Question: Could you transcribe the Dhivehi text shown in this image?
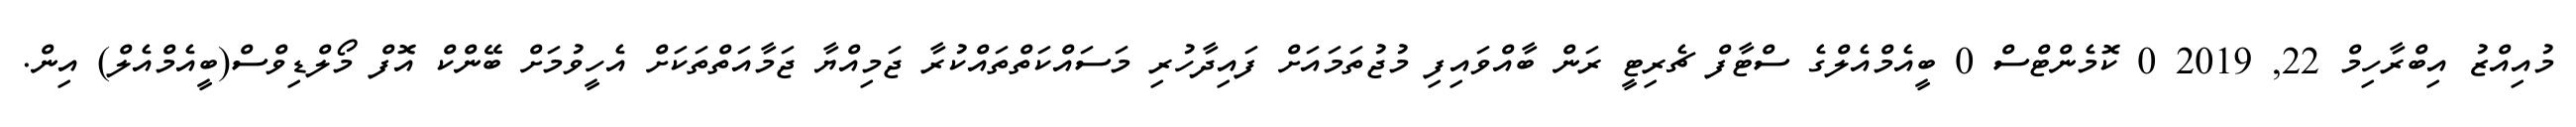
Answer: މުއިއްޒު އިބްރާހިމް 22, 2019 0 ކޮމެންޓްސް 0 ބީއެމްއެލްގެ ސްޓާފް ޗެރިޓީ ރަން ބާއްވައިފި މުޖުތަމައަށް ފައިދާހުރި މަސައްކަތްތައްކުރާ ޖަމިއްޔާ ޖަމާއަތްތަކަށް އެހީވުމަށް ބޭންކް އޮފް މޯލްޑިވްސް(ބީއެމްއެލް) އިން.